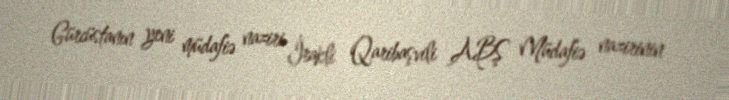
Gürcüstanın yeni müdafiə naziri İrakli Qaribaşvili ABŞ Müdafiə nazirinin